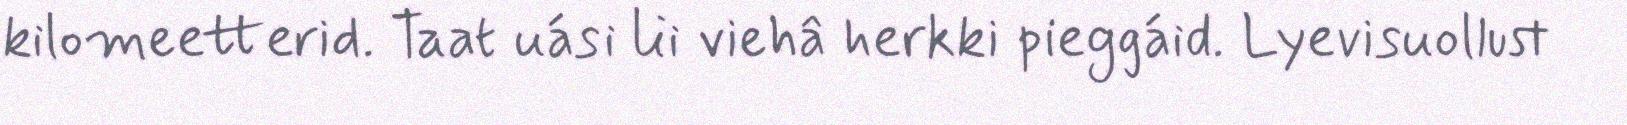
kilomeetterid. Taat uási lii viehâ herkki pieggáid. Lyevisuollust